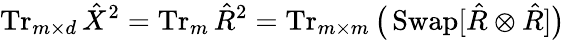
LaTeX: \operatorname{Tr}_{m\times d}\hat{X}^{2}\stackrel{}{=}\operatorname{Tr}_{m}\hat{R}^{2}=\operatorname{Tr}_{m\times m}\big(\operatorname{Swap}[\hat{R}\otimes\hat{R}]\big)